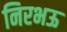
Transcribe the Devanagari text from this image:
निरभऊ